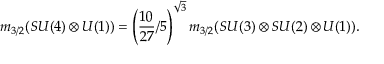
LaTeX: m _ { 3 / 2 } ( S U ( 4 ) \otimes U ( 1 ) ) = \left( \frac { 1 0 } { 2 7 } / 5 \right) ^ { \sqrt 3 } m _ { 3 / 2 } ( S U ( 3 ) \otimes S U ( 2 ) \otimes U ( 1 ) ) .